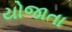
યોજાતા